Leaving Certificate Examination, 1922
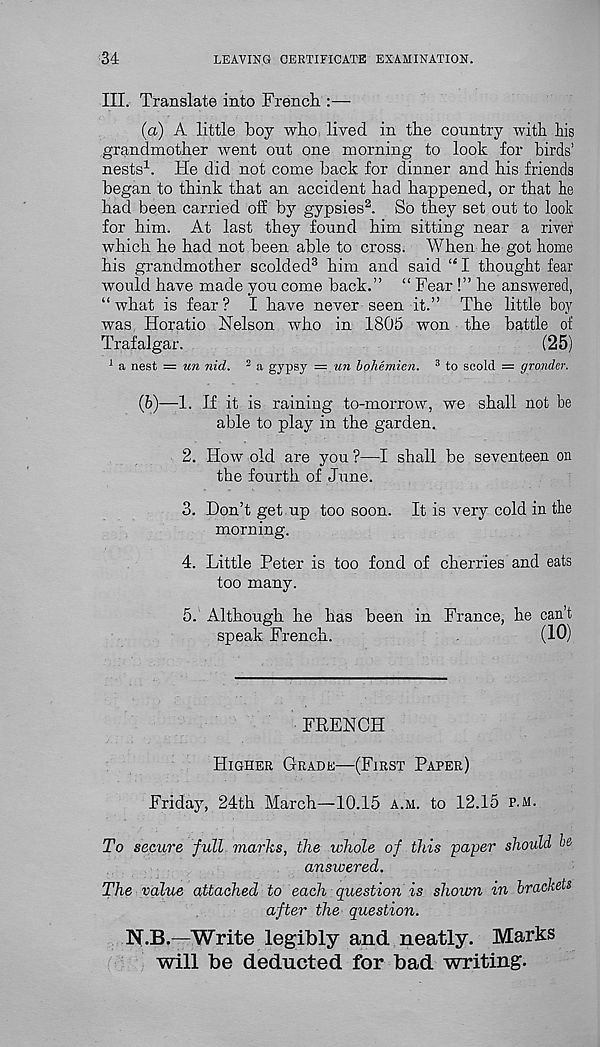
34
LEAVING CERTIFICATE EXAMINATION.
III. Translate into French :—
(a) A little boy who lived in the country with his
grandmother went out one morning to look for birds’
nests 1 . He did not come hack for dinner and his friends
began to think that an accident had happened, or that he
had been carried off by gypsies 2 . So they set out to look
for him. At last they found him sitting near a river
which he had not been able to cross. When he got home
his grandmother scolded 3 him and said “I thought fear
would have made you come back.” “ Fear!” he answered,
“what is fear? I have never seen it.” The little boy
was, Horatio Nelson who in 1805 won the battle of
Trafalgar.
(25)
1 a nest = tm nid. 2 a gypsy = un bohemien. 3 to scold = grander.
(b)
—1. If it is ra
able to play in the garden.
2. How old are you ?—I shall be seventeen on
the fourth of June.
3. Don’t get up too soon. It is very cold in the
morning.
4. Little Peter is too fond of cherries and eats
too many.
5. Although he has been in France, he can’t
speak French.
(10)
FRENCH
Higher Grade—(First Paper)
Friday, 24th March—10.15 a.h. to 12.15 p.m.
To secure full marks, the whole of this -paper should l'&
answered.
The value attached to each question is shoum in brackets
after the question.
N.B.—-Write legibly and neatly. Marks
will be deducted for bad writing.